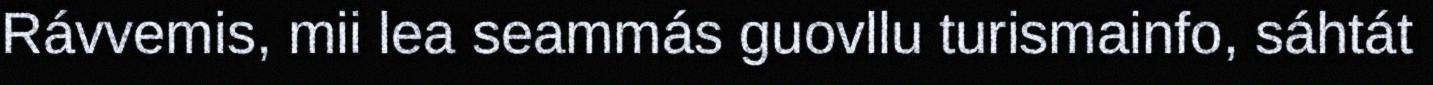
Rávvemis, mii lea seammás guovllu turismainfo, sáhtát